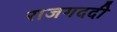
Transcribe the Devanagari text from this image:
राजगददी